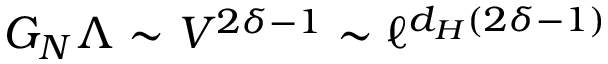
G _ { N } \Lambda \sim V ^ { 2 \delta - 1 } \sim \ell ^ { d _ { H } ( 2 \delta - 1 ) }